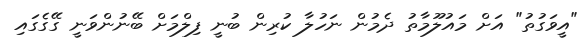
"އީވަގުތު" އަށް މައުލޫމާތު ދެމުން ނަހުލާ ކުރިން ބުނީ ފިލްމަށް ބޭނުންވަނީ ގޭގެގައި